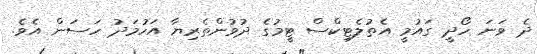
ދެ ވަނަ ހޯދީ ގައުމީ އެތުލެޓިކްްސް ޓީމުގެ ދުވުންތެރިޔާ އަހުމަދު ހަސަން އެވެ.